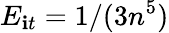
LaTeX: E_{\mathbf{i}t}=1/(3n^{5})